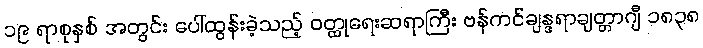
၁၉ ရာစုနှစ် အတွင်း ပေါ်ထွန်းခဲ့သည့် ဝတ္ထုရေးဆရာကြီး ဗန်ကင်ချန္ဒရာချတ္တာဂျီ ၁၈၃၈